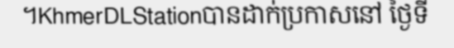
។KhmerDLStationបានដាក់ប្រកាសនៅ ថ្ងៃទី